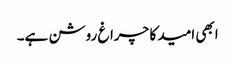
ابھی امید کا چراغ روشن ہے۔